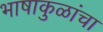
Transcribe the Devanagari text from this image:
भाषाकुळांचा